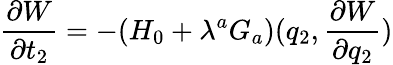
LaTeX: \frac{\partial W}{\partial t_{2}}=-(H_{0}+\lambda^{a}G_{a})(q_{2},\frac{\partial W}{\partial q_{2}})